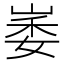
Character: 崣